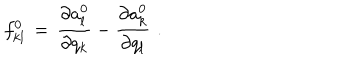
f _ { k l } ^ { 0 } \, = \, { \frac { \partial a _ { l } ^ { 0 } } { \partial q _ { k } } } - { \frac { \partial a _ { k } ^ { 0 } } { \partial q _ { l } } } \, \, .